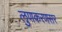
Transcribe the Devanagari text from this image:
लुणकरणसर